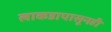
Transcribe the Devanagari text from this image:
लाकडापासूनही